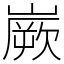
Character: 嶡